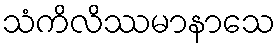
သံကိလိဿမာနာသေ